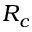
R _ { c }